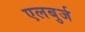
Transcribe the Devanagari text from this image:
एलबुर्ज